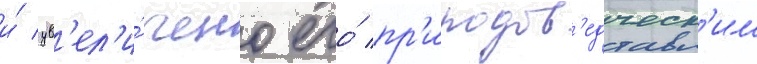
и́ ув'ел'и́чено его́ пр'иродов'едческ'им